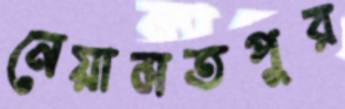
নেয়ামতপুর